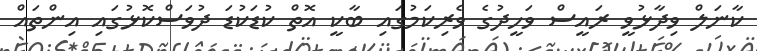
ކާނަލް ވިދާޅުވީ ރައީސް ވަހީދުގެ ވެރިކަމުގައި ބާކީ އޮތް ކުޑަކުޑަ ދުވަސްކޮޅުގައި އިންތައް